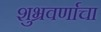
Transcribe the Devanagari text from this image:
शुभ्रवर्णाचा